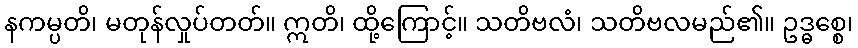
နကမ္ပတိ၊ မတုန်လှုပ်တတ်။ ဣတိ၊ ထို့ကြောင့်။ သတိဗလံ၊ သတိဗလမည်၏။ ဥဒ္ဓစ္စေ၊